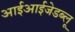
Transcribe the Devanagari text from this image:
आईआईजेडब्लू